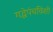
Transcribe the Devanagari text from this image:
गद्धेपंचविशी